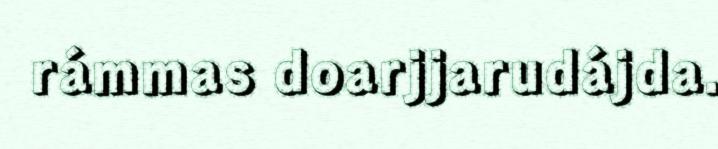
rámmas doarjjarudájda.